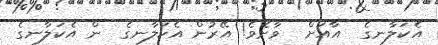
އެކަލާނގެ  އާއަށް  ވާށެވެ! އޭރުން އެކަލާނގެ  ން އެކަލާނގެ